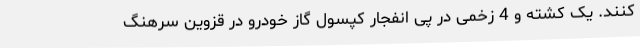
کنند. یک کشته و 4 زخمی در پی انفجار کپسول گاز خودرو در قزوین سرهنگ